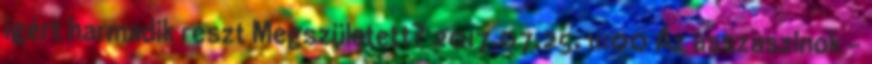
ígért harmadik részt Megszületett? 2017.07.25. 11:00 Az asszaszinok -